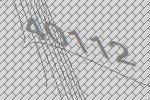
40112